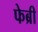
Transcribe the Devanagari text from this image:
फेब्री